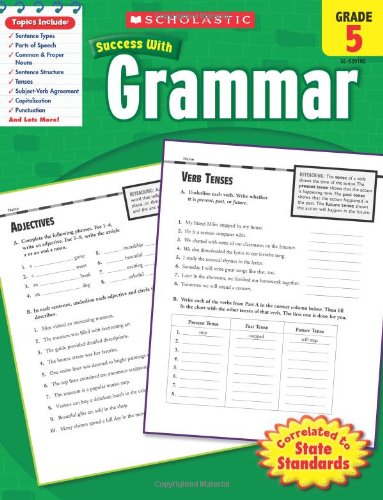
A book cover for Scholastic Success With Grammar, Grade 5 (Scholastic Success with Workbooks: Grammar); Scholastic; Test Preparation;